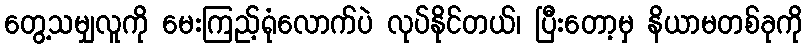
တွေ့သမျှလူကို မေးကြည့်ရုံလောက်ပဲ လုပ်နိုင်တယ်၊ ပြီးတော့မှ နိယာမတစ်ခုကို